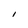
Character: I